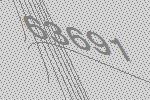
63691